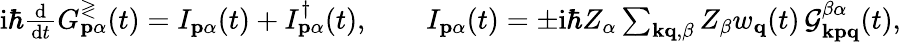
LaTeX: \begin{array}{r}{\mathrm{i}\hbar\frac{\mathrm{~d~}}{\mathrm{d}t}G_{\mathbf{p}\alpha}^{\gtrless}(t)=I_{\mathbf{p}\alpha}(t)+I_{\mathbf{p}\alpha}^{\dagger}(t),\qquad I_{\mathbf{p}\alpha}(t)=\pm\mathrm{i}\hbar Z_{\alpha}\sum_{\mathbf{kq},\beta}Z_{\beta}w_{\mathbf{q}}(t)\, \mathcal{G}_{\mathbf{kpq}}^{\beta\alpha}(t),}\end{array}